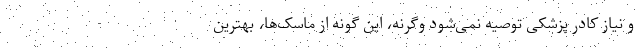
و نیاز کادر پزشکی توصیه نمی‌شود وگرنه، این گونه از ماسک‌ها، بهترین